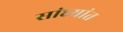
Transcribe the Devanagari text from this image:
सांध्यांत